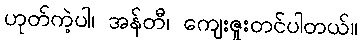
ဟုတ်ကဲ့ပါ၊ အန်တီ၊ ကျေးဇူးတင်ပါတယ်။